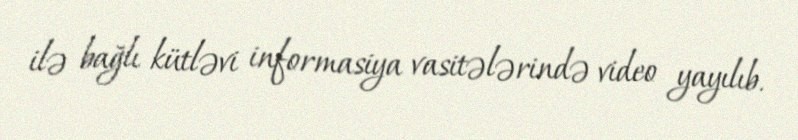
ilə bağlı kütləvi informasiya vasitələrində video yayılıb.